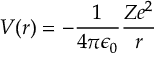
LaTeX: V ( r ) = - { \frac { 1 } { 4 \pi \epsilon _ { 0 } } } { \frac { Z e ^ { 2 } } { r } }